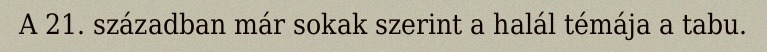
A 21. században már sokak szerint a halál témája a tabu.